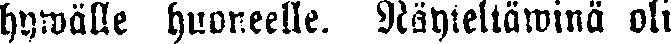
hywälle huoneelle. Näyteltäwinä oli